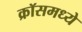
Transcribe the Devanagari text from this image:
क्रॉसमध्ये